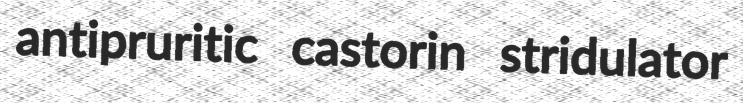
antipruritic castorin stridulator